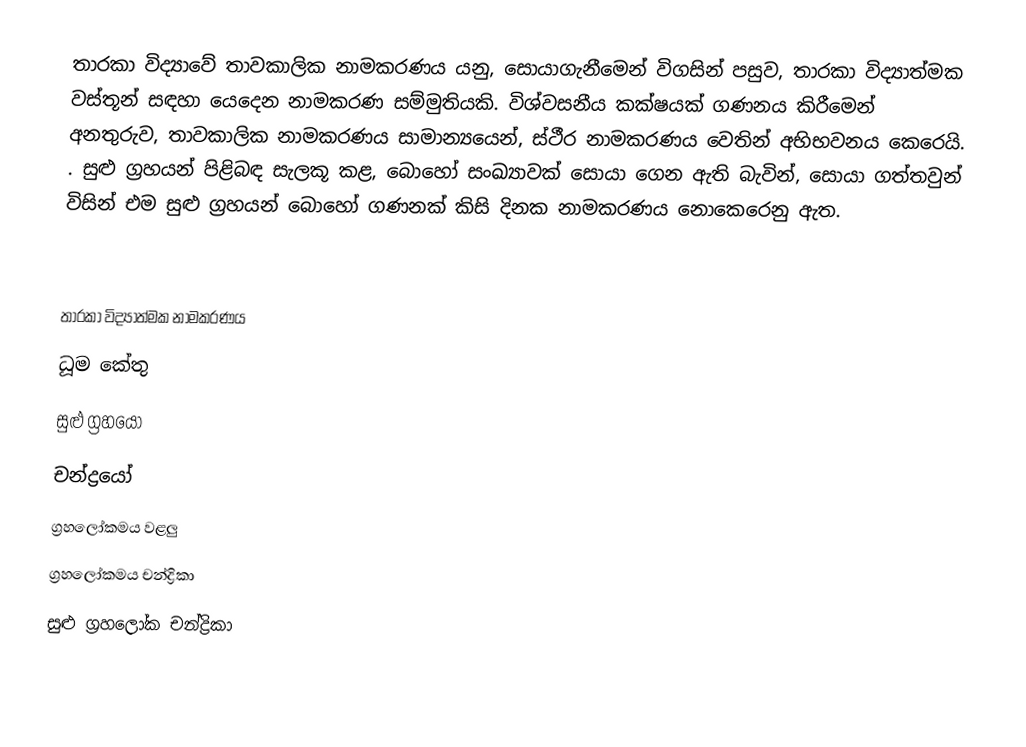
තාරකා විද්‍යාවේ තාවකාලික නාමකරණය යනු,  සොයාගැනීමෙන් විගසින් පසුව,   තාරකා විද්‍යාත්මක වස්තූන් සඳහා යෙදෙන  නාමකරණ සම්මුතියකි. විශ්වසනීය කක්ෂයක් ගණනය කිරීමෙන් අනතුරුව, තාවකාලික නාමකරණය සාමාන්‍යයෙන්, ස්ථීර නාමකරණය වෙතින් අභිභවනය කෙරෙයි. .  සුළු ග්‍රහයන් පිළිබඳ සැලකූ කළ, බොහෝ සංඛ්‍යාවක් සොයා ගෙන ඇති බැවින්, සොයා ගත්තවුන් විසින් එම සුළු ග්‍රහයන් බොහෝ ගණනක්  කිසි දිනක නාමකරණය නොකෙරෙනු ඇත.

තාරකා විද්‍යාත්මක නාමකරණය
ධූම කේතු
සුළු ග්‍රහයෝ
චන්ද්‍රයෝ
ග්‍රහලෝකමය වළලු
ග්‍රහලෝකමය චන්ද්‍රිකා
සුළු ග්‍රහලෝක චන්ද්‍රිකා